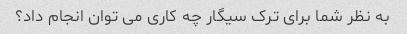
به نظر شما برای ترک سیگار چه کاری می توان انجام داد؟